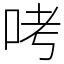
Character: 𠱼